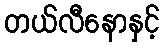
တယ်လီနောနှင့်